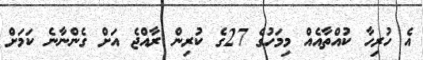
އެ ހުރިހާ ކުއްތާއެއް މިމަހުގެ 27ގެ ކުރިން ރާއްޖެ އަށް ގެންނާނެ ކަމަށް